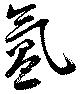
氳